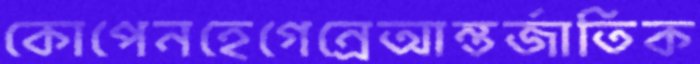
কোপেনহেগেন্রেআন্তর্জাতিক